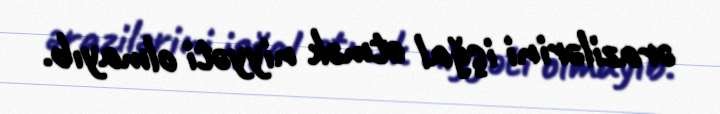
ərazilərini işğal etmək niyyəti olmayıb.